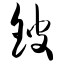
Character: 铍